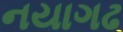
નયાગઢ